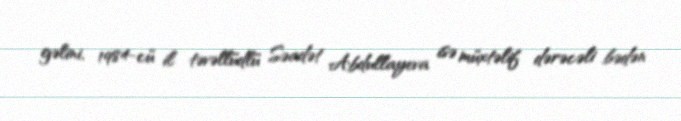
gəlini, 1984-cü il təvəllüdlü Səadət Abdullayeva isə müxtəlif dərəcəli bədən